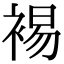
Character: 裼